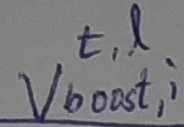
Text: t,l Vboost,i